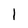
Character: 1